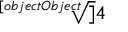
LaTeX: \sqrt [ [object Object] ] { 4 }